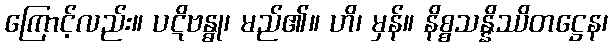
ကြောင့်လည်း။ ပဋိဗန္ဓု၊ မည်၏။ ဟိ၊ မှန်။ နိစ္စသန္နိဿိတဋ္ဌေန၊